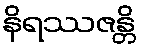
နိရဿဇန္တိ